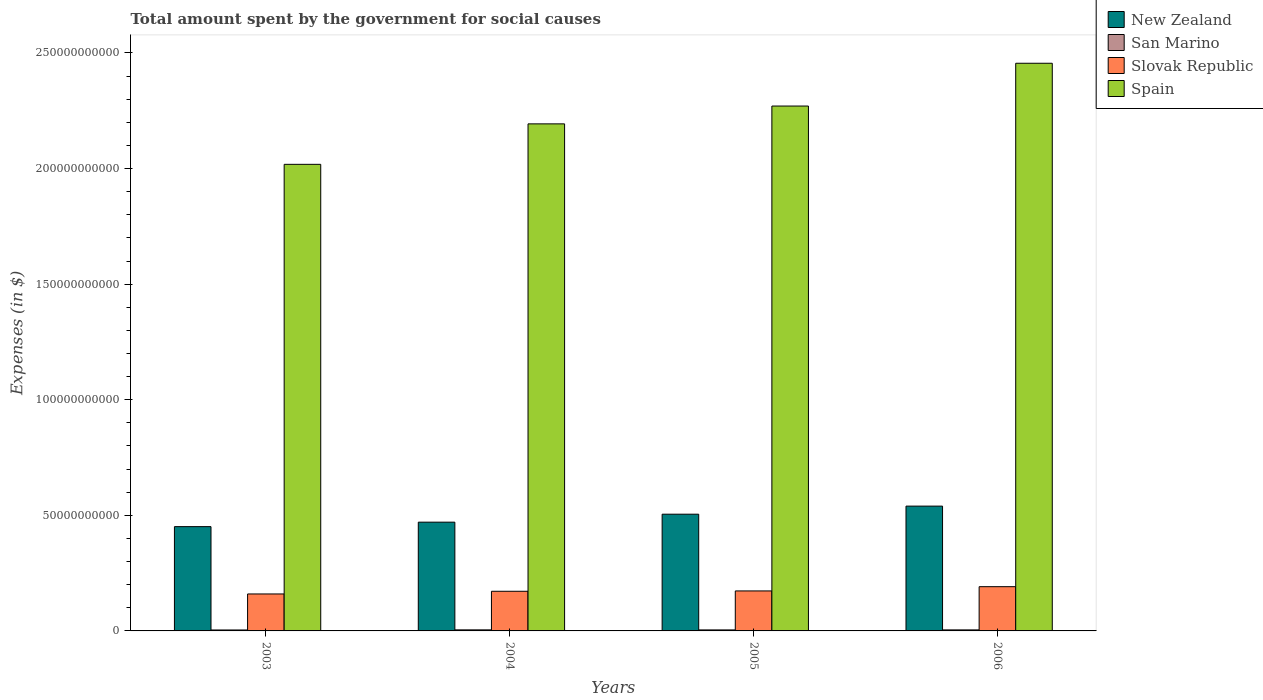
| Years | New Zealand | San Marino | Slovak Republic | Spain |
 | --- | --- | --- | --- | --- |
 | 2003 | 4.51e+10 | 4.07e+08 | 1.6e+10 | 2.02e+11 |
 | 2004 | 4.7e+10 | 4.59e+08 | 1.71e+10 | 2.19e+11 |
 | 2005 | 5.05e+10 | 4.33e+08 | 1.73e+10 | 2.27e+11 |
 | 2006 | 5.4e+10 | 4.46e+08 | 1.91e+10 | 2.46e+11 |